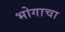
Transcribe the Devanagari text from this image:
भोगाचा